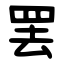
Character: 罢